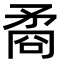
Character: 矞